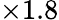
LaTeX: \times 1.8